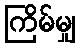
ကြိမ်မျှ